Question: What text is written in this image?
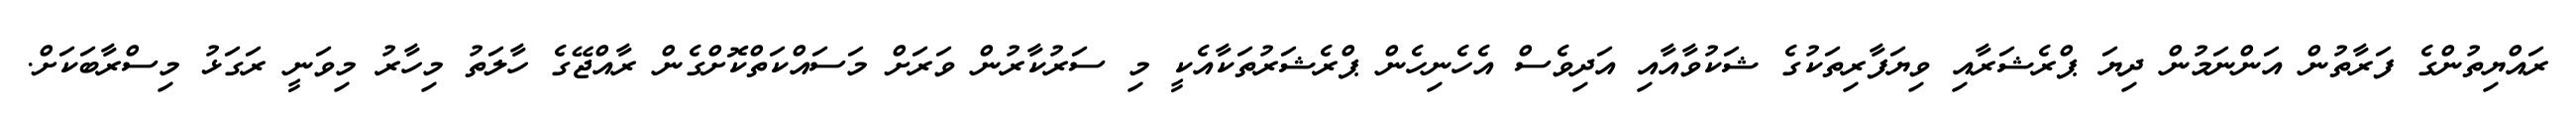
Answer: ރައްޔިތުންގެ ފަރާތުން އަންނަމުން ދިޔަ ޕްރެޝަރާއި ވިޔަފާރިތަކުގެ ޝަކުވާއާއި އަދިވެސް އެހެނިހެން ޕްރެޝަރުތަކާއެކީ މި ސަރުކާރުން ވަރަށް މަސައްކަތްކޮށްގެން ރާއްޖޭގެ ހާލަތު މިހާރު މިވަނީ ރަގަޅު މިސްރާބަކަށް.